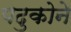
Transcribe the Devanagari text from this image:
पदुकोने